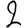
Digit: 2